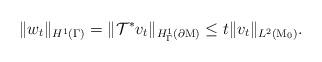
LaTeX: \begin{align*}\|w_t\|_{H^1(\Gamma)}=\|\mathcal{T}^\ast v_t\|_{H_\Gamma^1(\partial \mathrm{M})}\le t\|v_t\|_{L^2(\mathrm{M}_0)}.\end{align*}